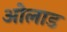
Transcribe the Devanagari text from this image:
ओलाड